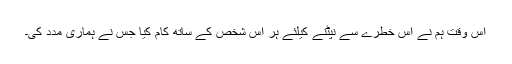
اس وقت ہم نے اس خطرے سے نپٹنے کیلئے ہر اس شخص کے ساتھ کام کیا جس نے ہمارى مدد کى۔